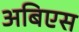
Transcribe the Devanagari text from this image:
अबिएस